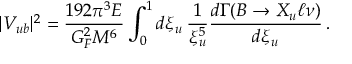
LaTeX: | V _ { u b } | ^ { 2 } = \frac { 1 9 2 \pi ^ { 3 } E } { G _ { F } ^ { 2 } M ^ { 6 } } \int _ { 0 } ^ { 1 } d \xi _ { u } \, \frac { 1 } { \xi _ { u } ^ { 5 } } \frac { d \Gamma ( B \to X _ { u } \ell \nu ) } { d \xi _ { u } } \, .